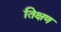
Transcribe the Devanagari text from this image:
तिक्षण